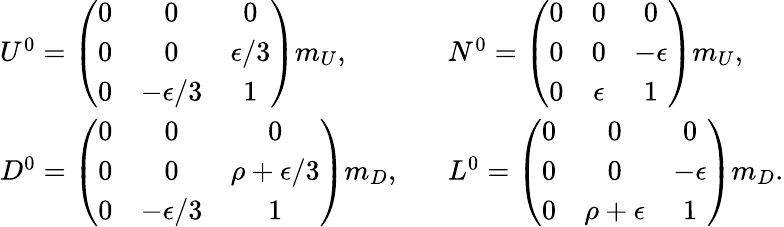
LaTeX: \begin{array}{ll}{{U^{0}=\left(\begin{array}{ccc}{{0}}&{{0}}&{{0}}\\ {{0}}&{{0}}&{{\epsilon/3}}\\ {{0}}&{{-\epsilon/3}}&{{1}}\end{array}\right)m_{U},}}&{{\; \; \; N^{0}=\left(\begin{array}{ccc}{{0}}&{{0}}&{{0}}\\ {{0}}&{{0}}&{{-\epsilon}}\\ {{0}}&{{\epsilon}}&{{1}}\end{array}\right)m_{U},}}\\ {{D^{0}=\left(\begin{array}{ccc}{{0}}&{{0}}&{{0}}\\ {{0}}&{{0}}&{{\rho+\epsilon/3}}\\ {{0}}&{{-\epsilon/3}}&{{1}}\end{array}\right)m_{D},}}&{{\; \; \; L^{0}=\left(\begin{array}{ccc}{{0}}&{{0}}&{{0}}\\ {{0}}&{{0}}&{{-\epsilon}}\\ {{0}}&{{\rho+\epsilon}}&{{1}}\end{array}\right)m_{D}.}}\end{array}